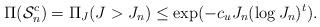
LaTeX: \begin{align*}\Pi(\mathcal{S}_n^c) = \Pi_J(J > J_n) \leq \exp(-c_u J_n (\log J_n)^t). \end{align*}